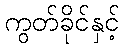
ကွတ်ခိုင်နှင့်